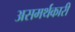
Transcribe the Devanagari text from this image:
असमर्थकारी